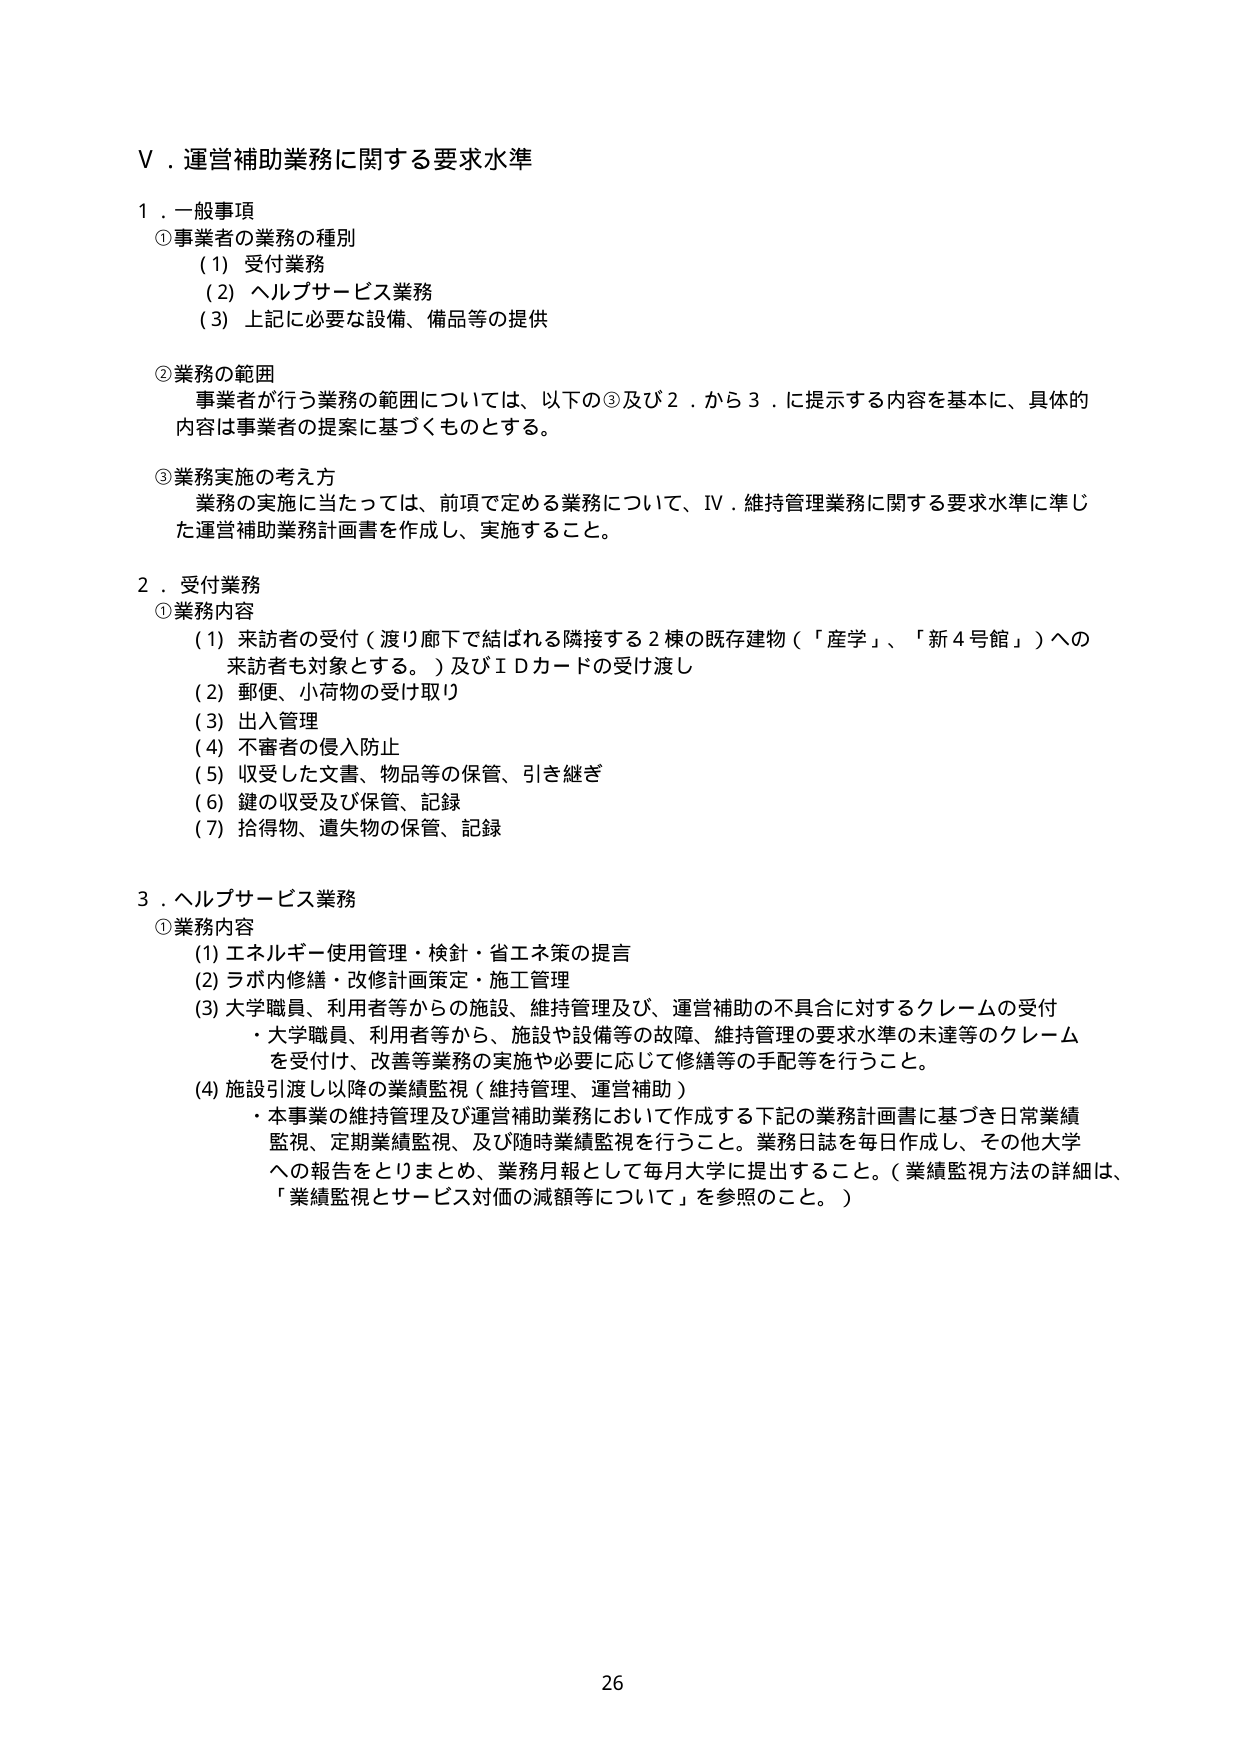
V．運営補助業務に関する要求水準

１．一般事項
①事業者の業務の種別
　（1）受付業務
　（2）ヘルプサービス業務
　（3）上記に必要な設備、備品等の提供

②業務の範囲
　事業者が行う業務の範囲については、以下の③及び2．から3．に提示する内容を基本に、具体的
　内容は事業者の提案に基づくものとする。

③業務実施の考え方
　業務の実施に当たっては、前項で定める業務について、IV．維持管理業務に関する要求水準に準じ
　た運営補助業務計画書を作成し、実施すること。

２．受付業務
①業務内容
　（1）来訪者の受付（渡り廊下で結ばれる隣接する2棟の既存建物（「産学」、「新4号館」）への
　　　来訪者も対象とする。）及びＩＤカードの受け渡し
　（2）郵便、小荷物の受け取り
　（3）出入管理
　（4）不審者の侵入防止
　（5）収受した文書、物品等の保管、引き継ぎ
　（6）鍵の収受及び保管、記録
　（7）拾得物、遺失物の保管、記録

３．ヘルプサービス業務
①業務内容
　（1）エネルギー使用管理・検針・省エネ策の提言
　（2）ラボ内修繕・改修計画策定・施工管理
　（3）大学職員、利用者等からの施設、維持管理及び、運営補助の不具合に対するクレームの受付
　　　・大学職員、利用者等から、施設や設備等の故障、維持管理の要求水準の未達等のクレーム
　　　を受け付、改善等業務の実施や必要に応じて修繕等の手配等を行うこと。
　（4）施設引渡し以降の業績監視（維持管理、運営補助）
　　　・本事業の維持管理及び運営補助業務において作成する下記の業務計画書に基づき日常業績
　　　監視、定期業績監視、及び随時業績監視を行うこと。業務日誌を毎日作成し、その他大学
　　　への報告をとりまとめ、業務月報として毎月大学に提出すること。（業績監視方法の詳細は、
　　　「業績監視とサービス対価の減額等について」を参照のこと。）

26